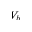
V _ { b }